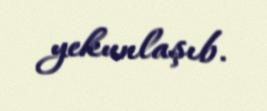
yekunlaşıb.